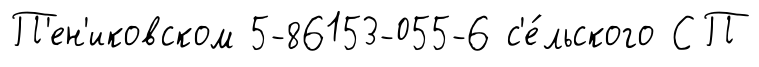
П'ен'иковском 5-86153-055-6 с'е́льского СП